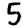
Digit: 5